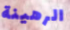
الرهينة